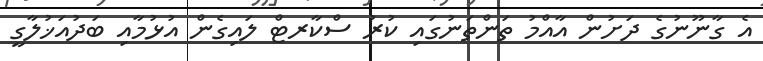
އެ ގާނޫނުގެ ދަށުން އާއްމު ތަންތަނުގައި ކުރު ސްކާރޓް ލައިގެން އުޅުމާއި ބަދުއަޚުލާގީ